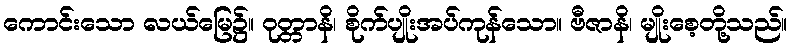
ကောင်းသော လယ်မြေ၌။ ဝုတ္တာနိ၊ စိုက်ပျိုးအပ်ကုန်သော။ ဗီဇာနိ၊ မျိုးစေ့တို့သည်။